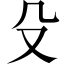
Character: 殳